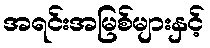
အရင်းအမြစ်များနှင့်